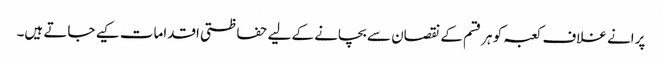
پرانے غلاف کعبہ کو ہرقسم کے نقصان سے بچانے کے لیے حفاظتی اقدامات کیے جاتے ہیں۔